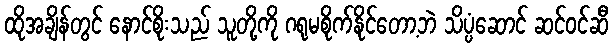
ထိုအချိန်တွင် နောင်စိုးသည် သူတို့ကို ဂရုမစိုက်နိုင်တော့ဘဲ သိပ္ပံဆောင် ဆင်ဝင်ဆီ